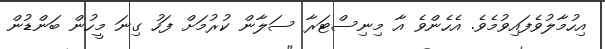
އިހުމާލުވެފައިވުމެވެ. އެހެންވެ އާ މިނިސްޓަރާ ސަލާން ކުރުމަށް ފަހު ގިނަ މީހުން ބަންޑުން